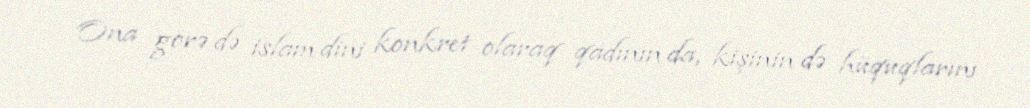
Ona görə də islam dini konkret olaraq qadının da, kişinin də hüquqlarını